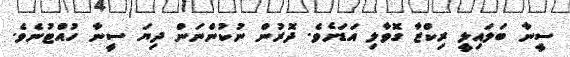
ސީނާ ބަލައިލީ ރިކްޒާ ގޮވާލި އަޑަށެވެ. ދޮރުން ނުކުންނަން ދިޔަ ސީނާ ހުއްޓުނެވެ.